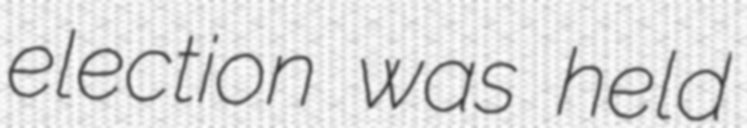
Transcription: election was held